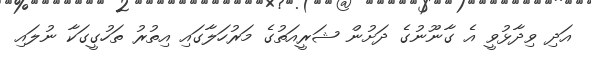
އަދި ވިދާޅުވީ އެ ގާނޫނުގެ ދަށުން ޝަރީއަތުގެ މަރުހަލާގައި އިތުރު ތަހުގީގަކާ ނުލައި